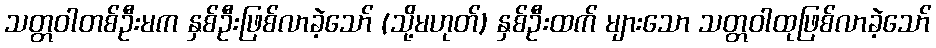
သတ္တဝါတစ်ဦးမက နှစ်ဦးဖြစ်လာခဲ့သော် (သို့မဟုတ်) နှစ်ဦးထက် များသော သတ္တဝါထုဖြစ်လာခဲ့သော်